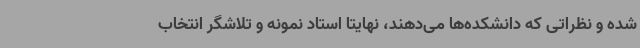
شده و نظراتی که دانشکده‌ها می‌دهند، نهایتا استاد نمونه و تلاشگر انتخاب